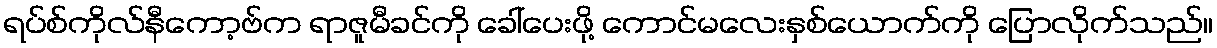
ရပ်စ်ကိုလ်နီကော့ဗ်က ရာဇူမီခင်ကို ခေါ်ပေးဖို့ ကောင်မလေးနှစ်ယောက်ကို ပြောလိုက်သည်။